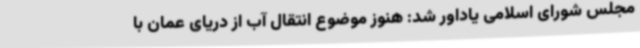
مجلس شورای اسلامی یاداور شد: هنوز موضوع انتقال آب از دریای عمان با